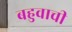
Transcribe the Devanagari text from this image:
बहुवाची